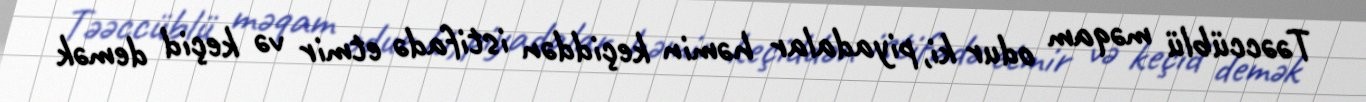
Təəccüblü məqam odur ki, piyadalar həmin keçiddən istifadə etmir və keçid demək